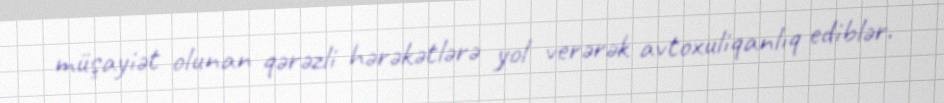
müşayiət olunan qərəzli hərəkətlərə yol verərək avtoxuliqanlıq ediblər.